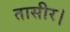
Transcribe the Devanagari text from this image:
तासीर।